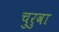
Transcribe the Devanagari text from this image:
चुरुवा